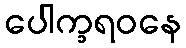
ပေါက္ခရဝနေ